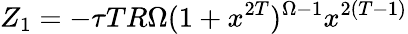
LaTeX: Z_{1}=-\tau TR\Omega(1+x^{2T})^{\Omega-1}{x^{2(T-1)}}